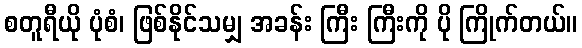
စတူရီယို ပုံစံ၊ ဖြစ်နိုင်သမျှ အခန်း ကြီး ကြီးကို ပို ကြိုက်တယ်။